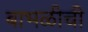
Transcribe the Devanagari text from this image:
बाभळीची